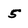
Character: 5